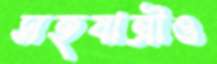
সহযাত্রীও